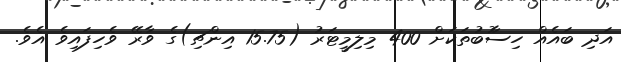
އަދި ބައެއް ހިސާުބުތަކަށް 400 މިލިމީޓަރު (15.75 އިންޗި)ގެ ވާރޭ ވެހިފައިވެ އެވެ.